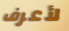
لأعرف